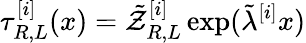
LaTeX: \tau_{R,L}^{[i]}(x)=\tilde{\mathcal{Z}}_{R,L}^{[i]}\exp(\tilde{\lambda}^{[i]}x)